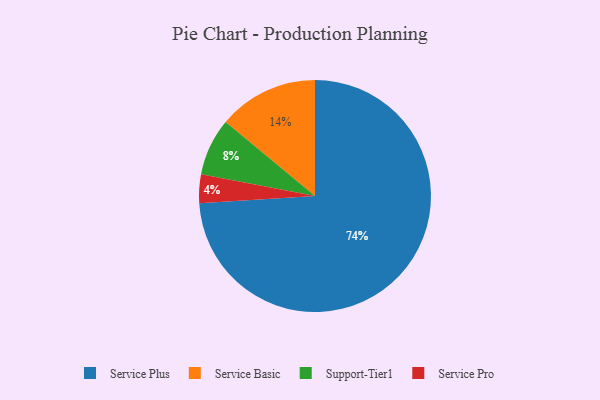
{"axis": {"x": "Category", "y": "Percentage"}, "legend": ["Service Basic", "Service Plus", "Service Pro", "Support-Tier1"], "data": [{"x": "Service Plus", "y": 74, "type": "Service Plus"}, {"x": "Service Basic", "y": 14, "type": "Service Basic"}, {"x": "Service Pro", "y": 4, "type": "Service Pro"}, {"x": "Support-Tier1", "y": 8, "type": "Support-Tier1"}]}